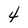
Character: 4